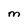
Character: M